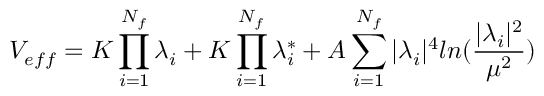
V _ { e f f } = K \prod _ { i = 1 } ^ { N _ { f } } \lambda _ { i } + K \prod _ { i = 1 } ^ { N _ { f } } \lambda _ { i } ^ { * } + A \sum _ { i = 1 } ^ { N _ { f } } \vert \lambda _ { i } \vert ^ { 4 } l n ( \frac { \vert \lambda _ { i } \vert ^ { 2 } } { \mu ^ { 2 } } )